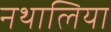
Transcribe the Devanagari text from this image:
नथालिया